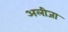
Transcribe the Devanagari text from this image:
अलीजा